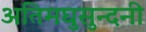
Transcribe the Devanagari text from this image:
अतिमघुसुन्दनी